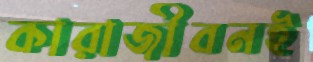
কারাজীবনই